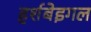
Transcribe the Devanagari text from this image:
हर्शबेइगल